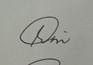
Signature authenticity: genuine